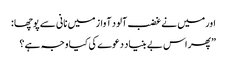
اورمیں نے غضب آلود آواز میں نانی سے پوچھا :
”پھر اس بے بنیاد دعوے کی کیا وجہ ہے ؟